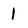
Character: l